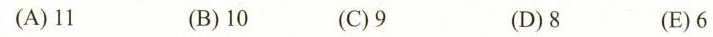
(A)11 (B)10 (C)9 (D)8 (E)6